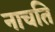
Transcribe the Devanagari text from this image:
नाचति